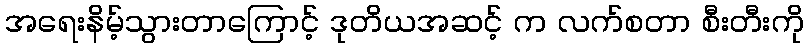
အရေးနိမ့်သွားတာကြောင့် ဒုတိယအဆင့် က လက်စတာ စီးတီးကို